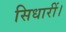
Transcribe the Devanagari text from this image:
सिधारीं।